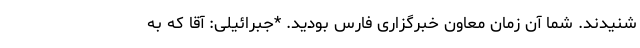
شنیدند. شما آن زمان معاون خبرگزاری فارس بودید. *جبرائیلی: آقا که به